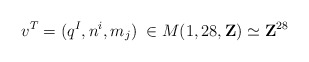
\begin{align*}v^{T}=(q^{I},n^{i}, m_{j})\; \in M(1,28,{\bf Z}) \simeq {\bf Z}^{28}\end{align*}